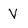
Character: V